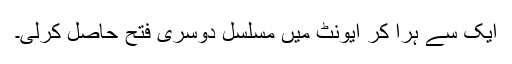
ایک سے ہرا کر ایونٹ میں مسلسل دوسری فتح حاصل کرلی۔